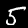
Label: 5